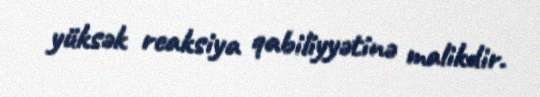
yüksək reaksiya qabiliyyətinə malikdir.